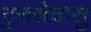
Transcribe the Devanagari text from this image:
गुरुसेवासु